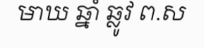
មាឃ ឆ្នាំ ឆ្លូវ ព.ស